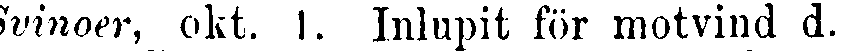
Svinoer, okt. I. Inlupit för motvind d.